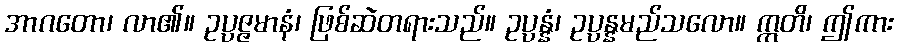
အာဂတော၊ လာ၏။ ဥပ္ပဇ္ဇမာနံ၊ ဖြစ်ဆဲတရားသည်။ ဥပ္ပန္နံ၊ ဥပ္ပန္နမည်သလော။ ဣတိ၊ ဤကား